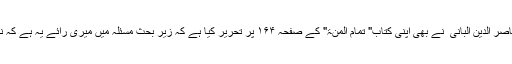
موجودہ زمانہ کے محدث شیخ ناصر الدین البانی ؒ نے بھی اپنی کتاب" تمام المنۃ" کے صفحہ ۱۶۴ پر تحریر کیا ہے کہ زیر بحث مسئلہ میں میری رائے یہ ہے کہ ننگے سر نماز پڑھنا مکروہ ہے۔